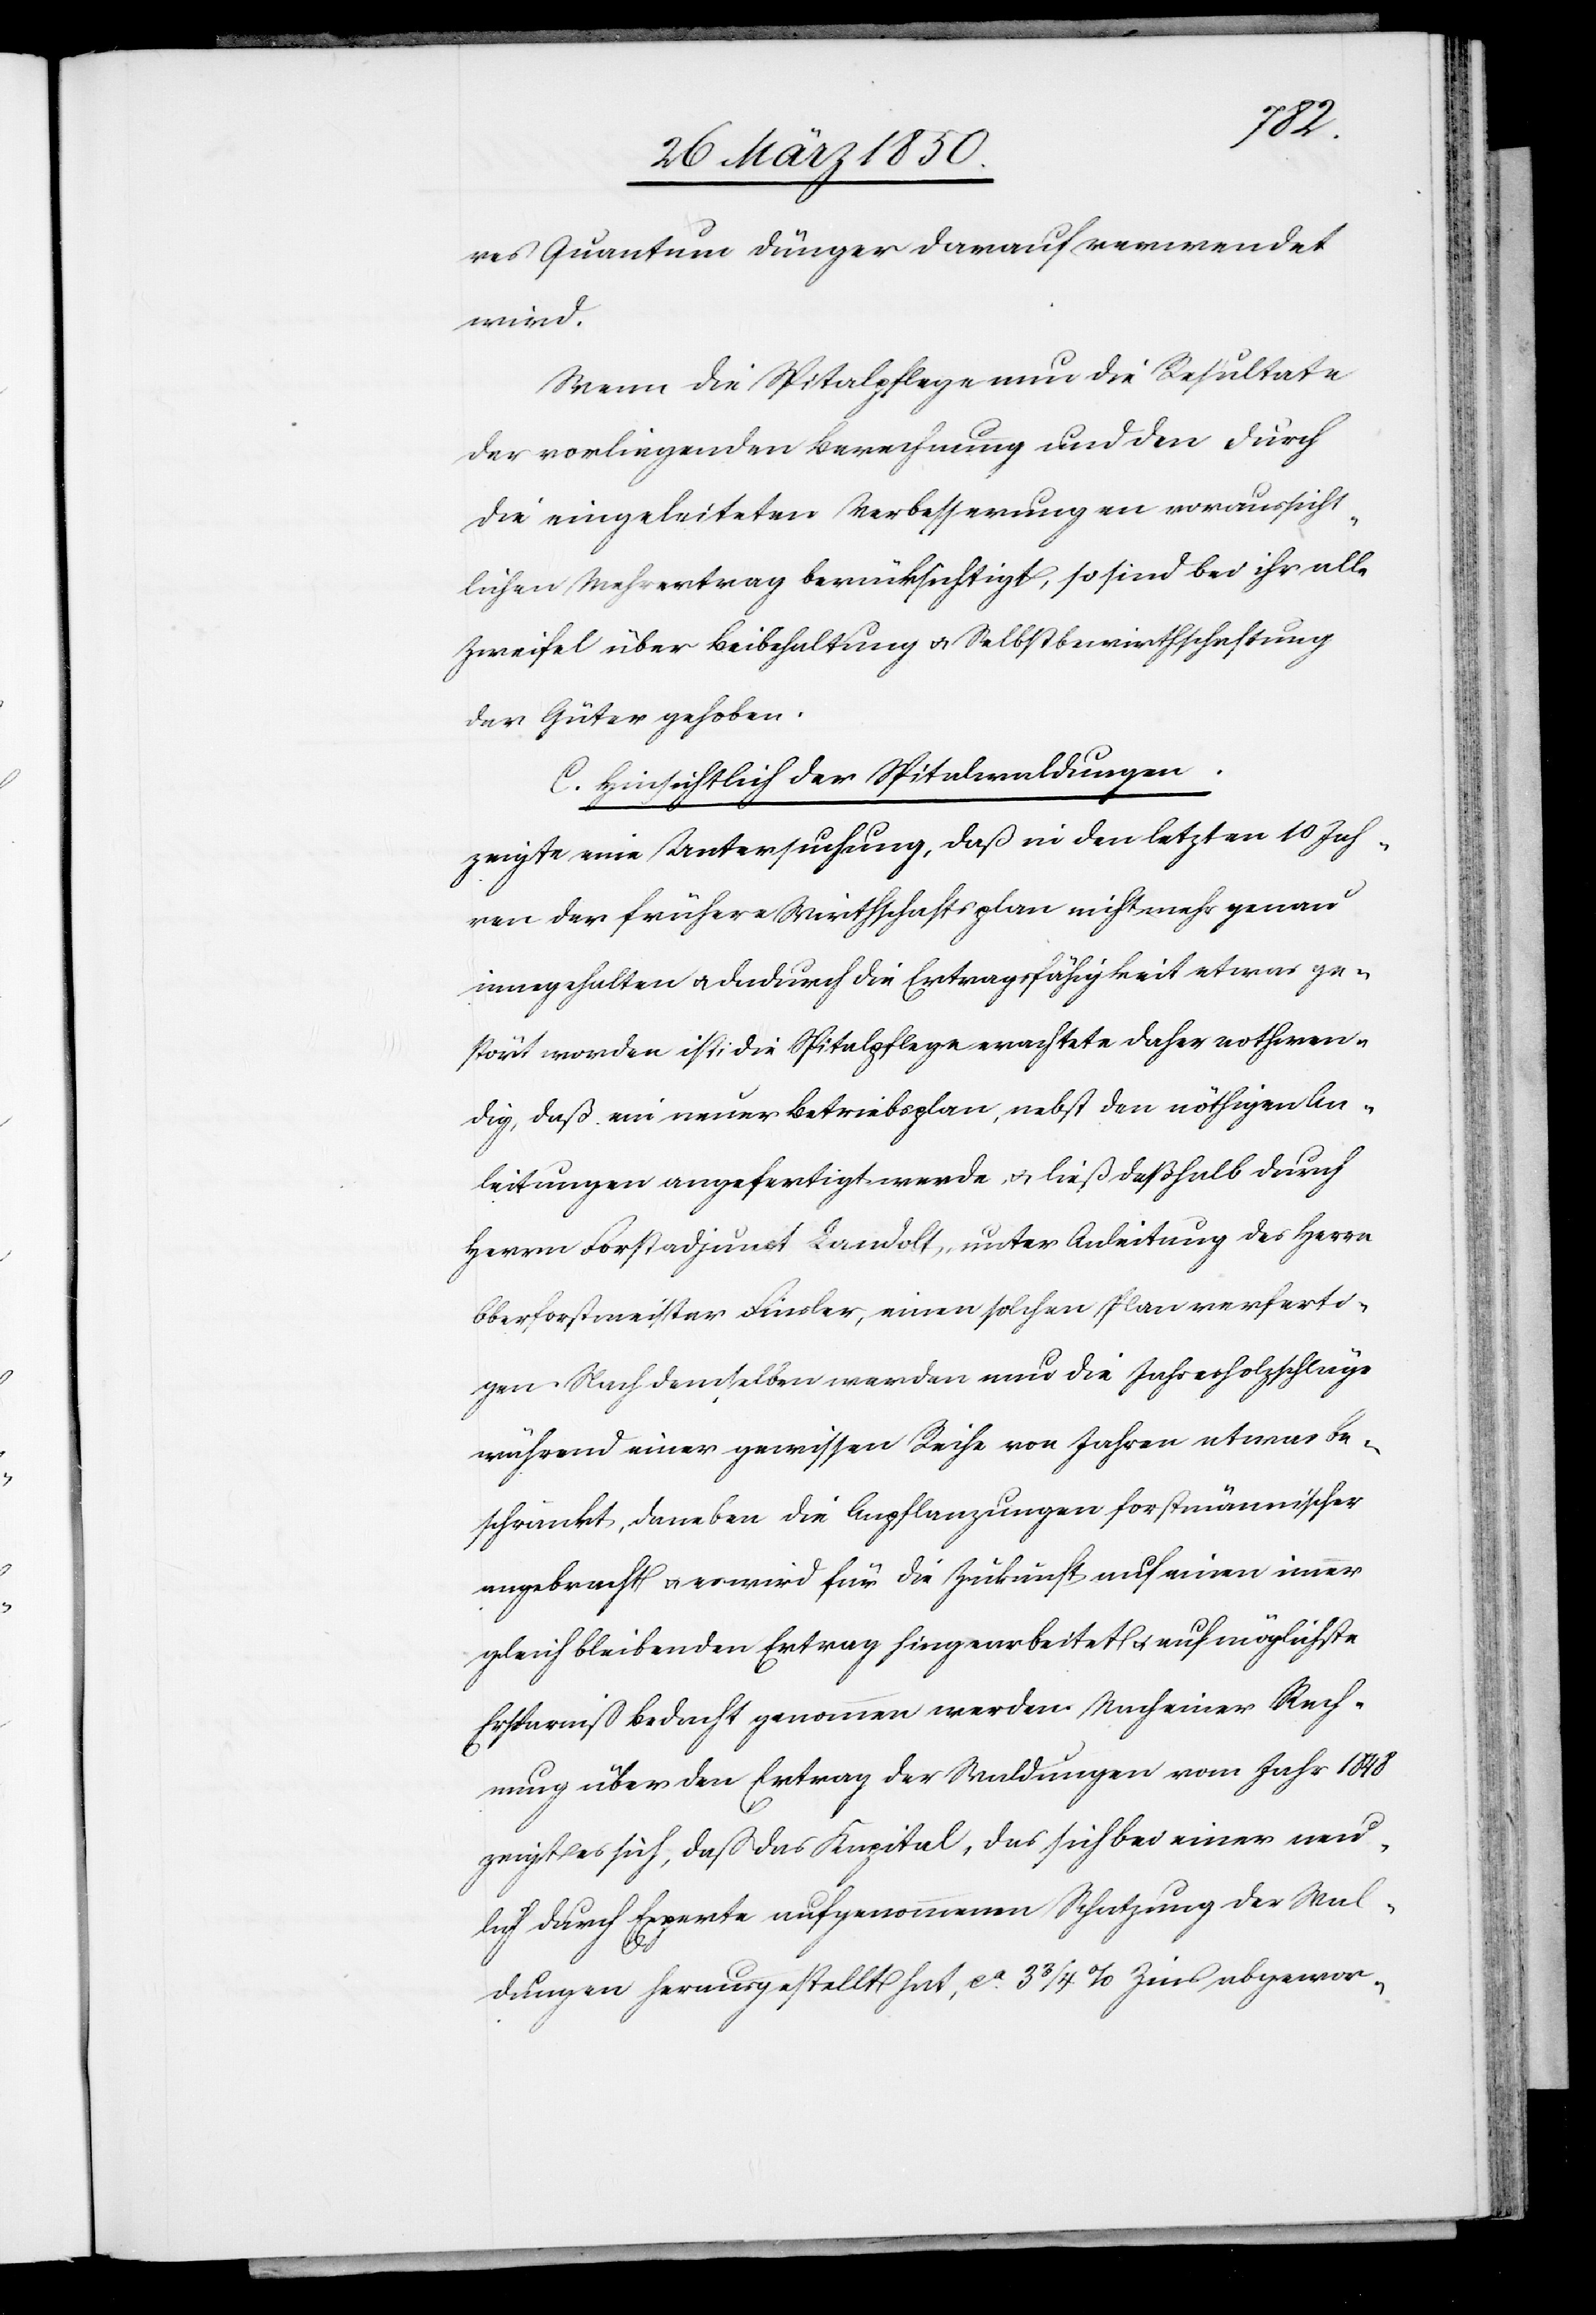
res Quantum Dünger darauf verwendet
wird.
Wenn die Spitalpflege nun die Resultate
der vorliegenden Berechnung und den durch
die eingeleiteten Verbesserungen voraussicht¬
lichen Mehrertrag berücksichtigt, so sind bei ihr alle
Zweifel über Beibehaltung u. Selbstbewirthschaftung
der Güter gehoben.
C. Hinsichtlich der Spitalwaldungen.
zeigte eine Untersuchung, daß in den letzten 10 Jah¬
ren der frühere Wirthschaftsplan nicht mehr genau
innegehalten u. dadurch die Ertragsfähigkeit etwas ge¬
stört worden ist; die Spitalpflege erachtete daher nothwen¬
dig, daß ein neuer Betriebsplan, nebst den nöthigen An¬
leitungen angefertigt werde u. ließ deßhalb durch
Herrn Forstadjunct Landolt, unter Anleitung des Herrn
Oberforstmeister Finsler, einen solchen Plan verferti¬
gen. Nach demselben werden nun die Jahresholzschläge
während einer gewissen Reihe von Jahren etwas be¬
schränkt, daneben die Anpflanzungen forstmännischer
angebracht u. es wird für die Zukunft auf einen immer
gleich bleibenden Ertrag hingearbeitet u. auf möglichste
Ersparniß Bedacht genommen werden. Nach einer Rech¬
nung über den Ertrag der Waldungen vom Jahr 1848
zeigt es sich, daß das Kapital, das sich bei einer neu¬
lich durch Experte aufgenommenen Schatzung der Wal¬
dungen herausgestellt hat, ca. 3 3/4 % Zins abgewor-